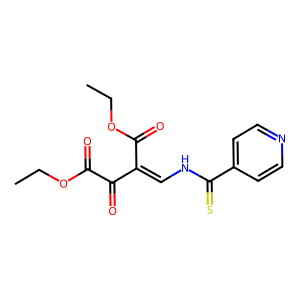
SMILES: CCOC(=O)C(=O)C(=CNC(=S)c1ccncc1)C(=O)OCC
Inhibits HIV replication: No